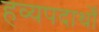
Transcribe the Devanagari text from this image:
हव्यपदार्थों